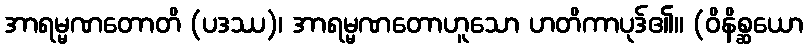
အာရမ္မဏတောတိ (ပဒဿ)၊ အာရမ္မဏတောဟူသော ဟတိကာပုဒ်၏။ (ဝိနိစ္ဆယော